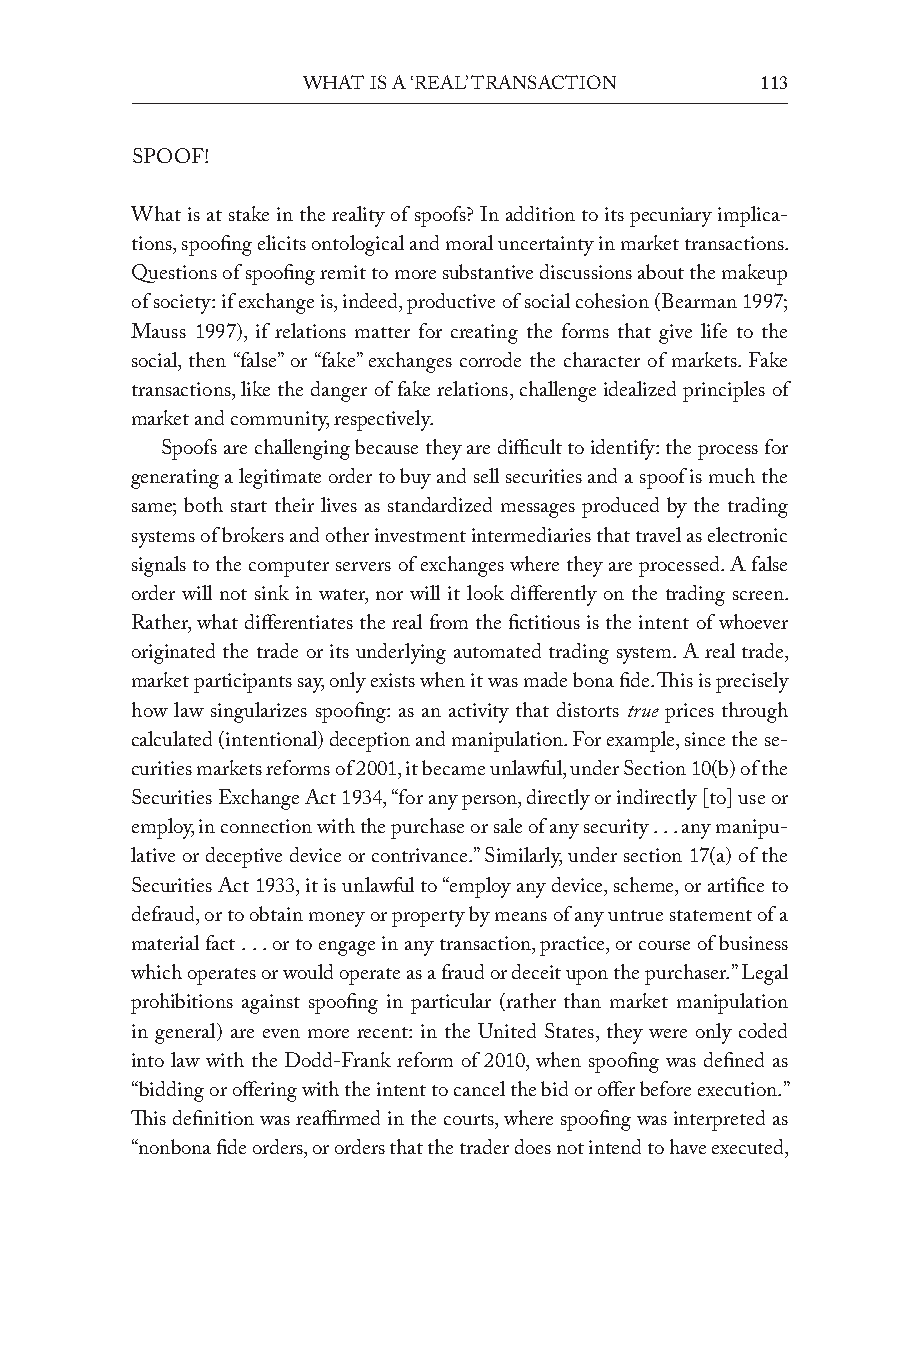
What is a ‘real’ transaction  113
 SPOOF!
 What is at stake in the reality of spoofs? In addition to its pecuniary implica-
 tions, spoofing elicits ontological and moral uncertainty in market transactions.
 Questions of spoofing remit to more substantive discussions about the makeup
 of society: if exchange is, indeed, productive of social cohesion (Bearman 1997;
 Mauss 1997), if relations matter for creating the forms that give life to the
 social, then “false” or “fake” exchanges corrode the character of markets. Fake
 transactions, like the danger of fake relations, challenge idealized principles of
 market and community, respectively.
 Spoofs are challenging because they are difficult to identify: the process for
 generating a legitimate order to buy and sell securities and a spoof is much the
 same; both start their lives as standardized messages produced by the trading
 systems of brokers and other investment intermediaries that travel as electronic
 signals to the computer servers of exchanges where they are processed. A false
 order will not sink in water, nor will it look differently on the trading screen.
 Rather, what differentiates the real from the fictitious is the intent of whoever
 originated the trade or its underlying automated trading system. A real trade,
 market participants say, only exists when it was made bona fide. This is precisely
 how law singularizes spoofing: as an activity that distorts true prices through
 calculated (intentional) deception and manipulation. For example, since the se-
 curities markets reforms of 2001, it became unlawful, under Section 10(b) of the
 Securities exchange Act 1934, “for any person, directly or indirectly [to] use or
 employ, in connection with the purchase or sale of any security . . . any manipu-
 lative or deceptive device or contrivance.” Similarly, under section 17(a) of the
 Securities Act 1933, it is unlawful to “employ any device, scheme, or artifice to
 defraud, or to obtain money or property by means of any untrue statement of a
 material fact . . . or to engage in any transaction, practice, or course of business
 which operates or would operate as a fraud or deceit upon the purchaser.” Legal
 prohibitions against spoofing in particular (rather than market manipulation
 in general) are even more recent: in the United States, they were only coded
 into law with the dodd-Frank reform of 2010, when spoofing was defined as
 “bidding or offering with the intent to cancel the bid or offer before execution.”
 This definition was reaffirmed in the courts, where spoofing was interpreted as
 “nonb ona fide orders, or orders that the trader does not intend to have executed,